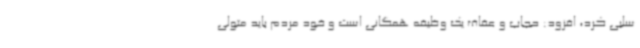
سلبی کرد، افزود: حجاب و عفاف یک وظیفه همگانی است و خود مردم باید متولی